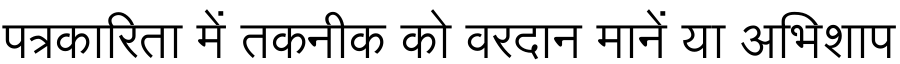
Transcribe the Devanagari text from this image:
पत्रकारिता में तकनीक को वरदान मानें या अभिशाप